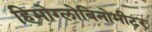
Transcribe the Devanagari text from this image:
हिमोग्लोबिनोमीटर